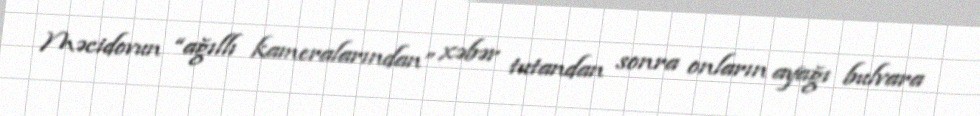
Məcidovun “ağıllı kameralarından” xəbər tutandan sonra onların ayağı bulvara